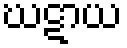
ဃဋာယ